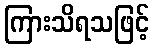
ကြားသိရသဖြင့်